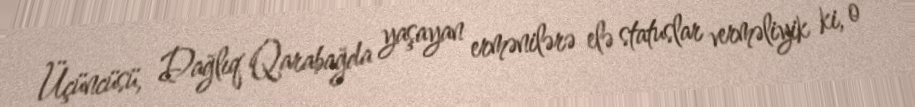
Üçüncüsü, Dağlıq Qarabağda yaşayan ermənilərə elə statuslar verməliyik ki, o